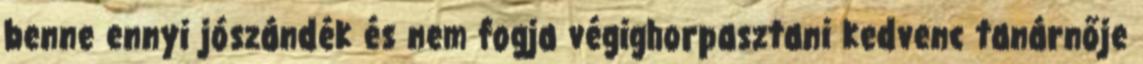
benne ennyi jószándék és nem fogja végighorpasztani kedvenc tanárnője